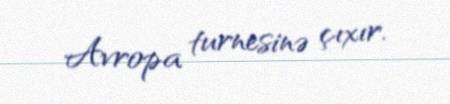
Avropa turnesinə çıxır.